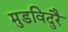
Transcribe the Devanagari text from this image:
मुडविदुरै